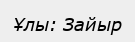
Ұлы: Зайыр